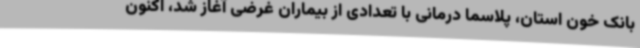
بانک خون استان، پلاسما درمانی با تعدادی از بیماران غرضی آغاز شد، اکنون